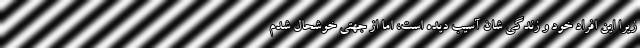
زیرا این افراد خود و زندگی شان آسیب دیده است، اما از جهتی خوشحال شدم